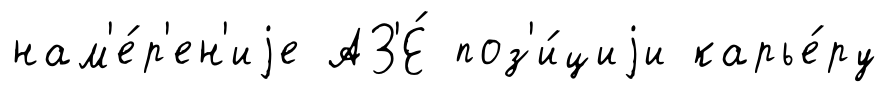
нам'е́р'ен'иjе АЗ'Е́ поз'и́циjи карье́ру